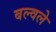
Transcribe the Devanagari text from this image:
बल्वले